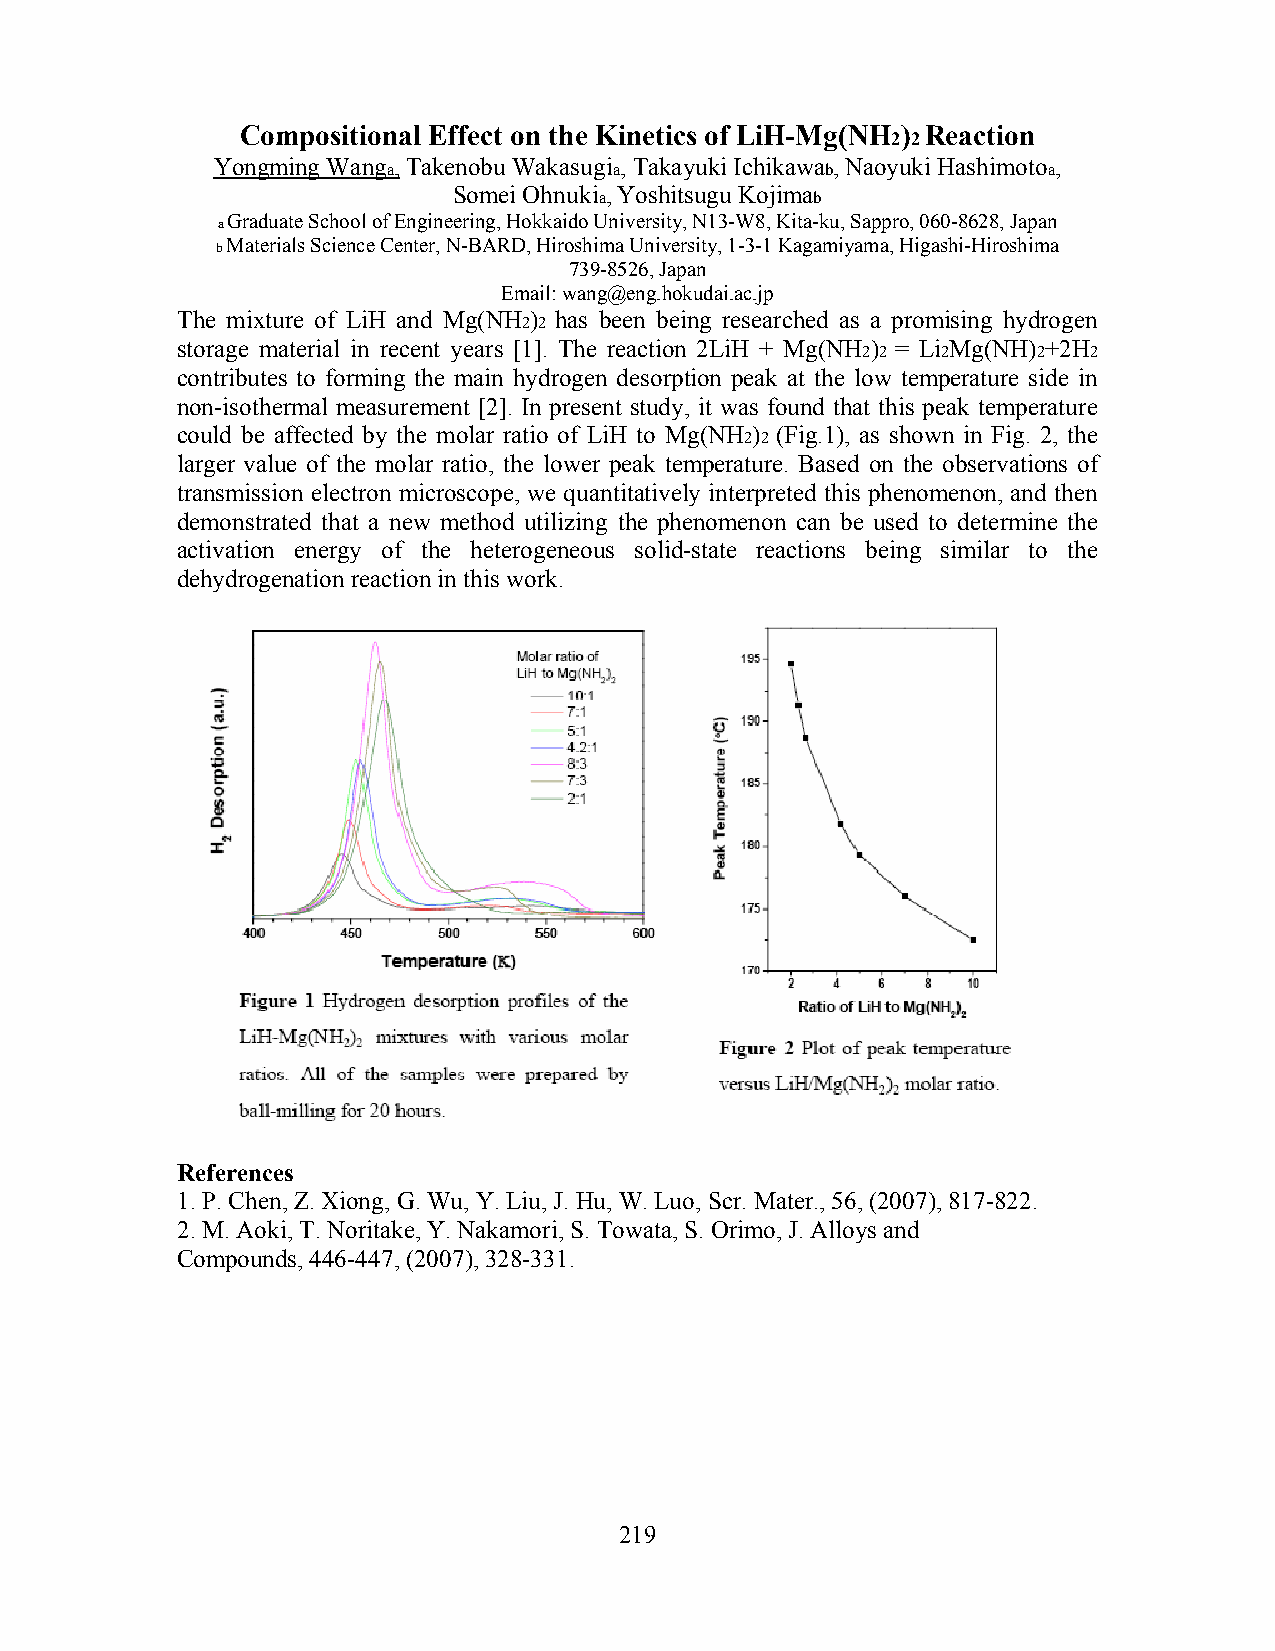
Compositional Effect on the Kinetics of LiH-Mg(NH ) Reaction
 2 2
 Yongming Wang , Takenobu Wakasugi , Takayuki Ichikawa , Naoyuki Hashimoto ,
 a              a             b             a
 Somei Ohnuki , Yoshitsugu Kojima
 a             b
 a Graduate School of Engineering, Hokkaido University, N13-W8, Kita-ku, Sappro, 060-8628, Japan
 b Materials Science Center, N-BARD, Hiroshima University, 1-3-1 Kagamiyama, Higashi-Hiroshima
 739-8526, Japan
 Email: wang@eng.hokudai.ac.jp
 The mixture of LiH and Mg(NH ) has been being researched as a promising hydrogen
 2 2
 storage material in recent years [1]. The reaction 2LiH + Mg(NH ) = Li Mg(NH) +2H
 2 2  2      2  2
 contributes to forming the main hydrogen desorption peak at the low temperature side in
 non-isothermal measurement [2]. In present study, it was found that this peak temperature
 could be affected by the molar ratio of LiH to Mg(NH ) (Fig.1), as shown in Fig. 2, the
 2 2
 larger value of the molar ratio, the lower peak temperature. Based on the observations of
 transmission electron microscope, we quantitatively interpreted this phenomenon, and then
 demonstrated that a new method utilizing the phenomenon can be used to determine the
 activation energy of the heterogeneous solid-state reactions being similar to the
 dehydrogenation reaction in this work.
 References
 1. P. Chen, Z. Xiong, G. Wu, Y. Liu, J. Hu, W. Luo, Scr. Mater., 56, (2007), 817-822.
 2. M. Aoki, T. Noritake, Y. Nakamori, S. Towata, S. Orimo, J. Alloys and
 Compounds, 446-447, (2007), 328-331.
 219